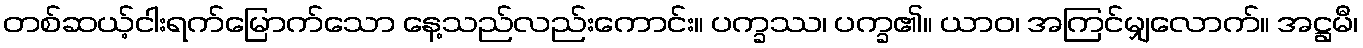
တစ်ဆယ့်ငါးရက်မြောက်သော နေ့သည်လည်းကောင်း။ ပက္ခဿ၊ ပက္ခ၏။ ယာဝ၊ အကြင်မျှလောက်။ အဋ္ဌမီ၊